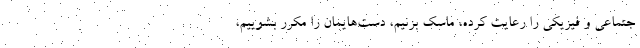
جتماعی و فیزیکی را رعایت کرده، ماسک بزنیم، دست‌هایمان را مکرر بشوییم،